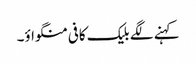
کہنے لگے بلیک کافی منگواؤ۔